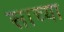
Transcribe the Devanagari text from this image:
साच्या